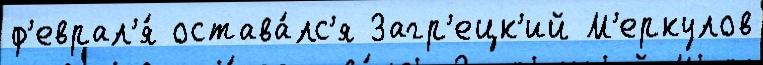
ф'еврал'я́ остава́лс'я Загр'ецк'ий М'еркулов